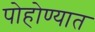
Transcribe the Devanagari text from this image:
पोहोण्यात